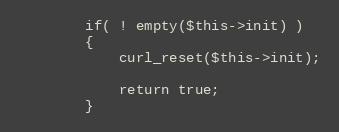
Language: PHP
        if( ! empty($this->init) )
        {
            curl_reset($this->init);

            return true;
        }